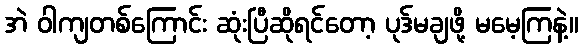
အဲ ဝါကျတစ်ကြောင်း ဆုံးပြီဆိုရင်တော့ ပုဒ်မချဖို့ မမေ့ကြနဲ့။